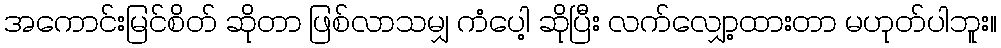
အကောင်းမြင်စိတ် ဆိုတာ ဖြစ်လာသမျှ ကံပေါ့ ဆိုပြီး လက်လျှော့ထားတာ မဟုတ်ပါဘူး။